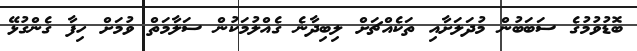
ބޮޑުވުމުގެ ސަބަބުން މުދަލަށާއި ތަކެއްޗަށް ލިބިދާނެ ގެއްލުމަކުން ސަލާމަތް ވުމަށް ހިފާ ގެންގުޅޭ